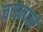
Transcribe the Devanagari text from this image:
चयनाने